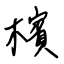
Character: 檳